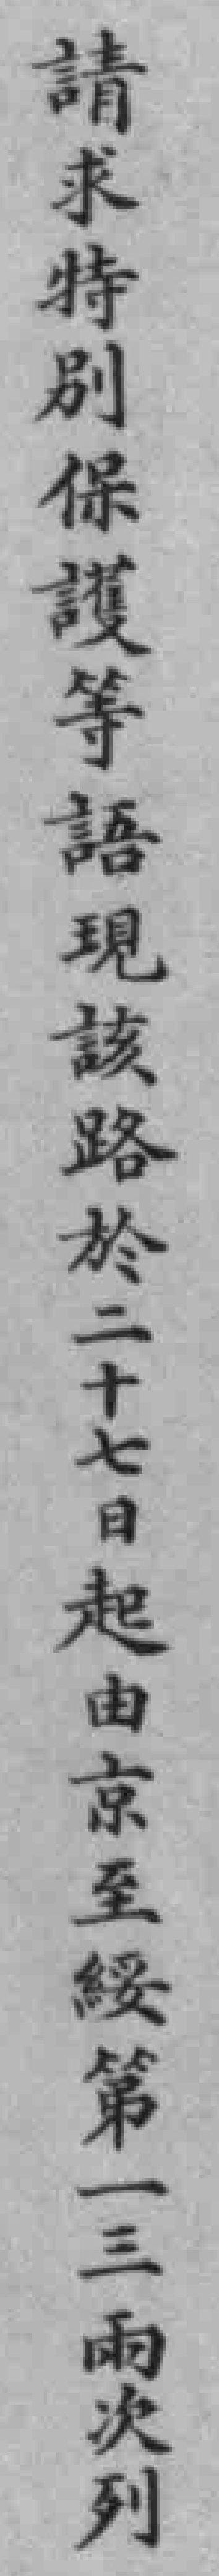
請求特別保護等語現該路於二十七日起由京至綏第一三兩次列